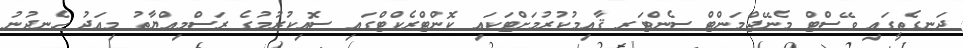
ދަނގެތީގައި ވޭސްޓް މެނޭޖްމަންޓް ސެންޓަރ ޤާއިމުކުރުމަށްޓަކައި ކޮންޓްރެކްޓްގައި ސޮއިކުރުމުގެ ރަސްމިއްޔާތު މިއަދު ހެނދުނު